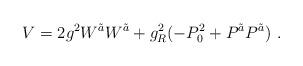
LaTeX: \begin{align*}V=2 g^2 W^{\tilde a} W^{\tilde a} +g_R^2 (-P_0^2 + P^{\tilde a} P^{\tilde a}) \ . \end{align*}